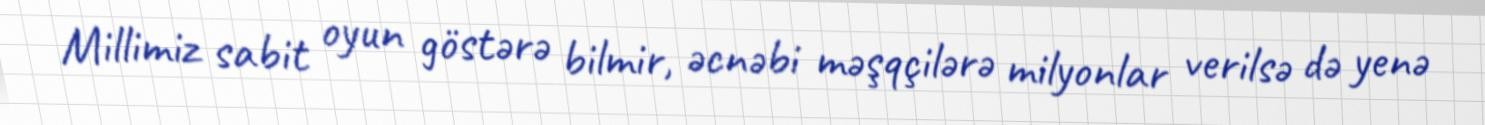
Millimiz sabit oyun göstərə bilmir, əcnəbi məşqçilərə milyonlar verilsə də yenə